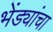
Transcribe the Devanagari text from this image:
भेंड्यांचा